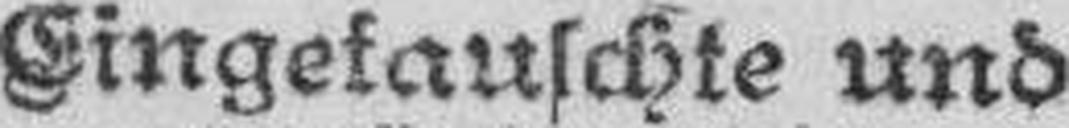
Eingetauschte und